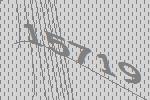
15719